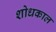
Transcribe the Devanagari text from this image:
शोधकाल